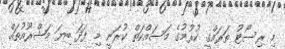
މި ރިސޯޓު ތަރައްގީ ކުރުމުގެ މަސައްކަތް ކުރަނީ މި ފަދަ ބިޔަ މަޝްރޫއުތައް